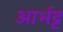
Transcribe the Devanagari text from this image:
आर्भट्ट